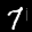
Label: 7